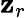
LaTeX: \mathbf{z}_{r}